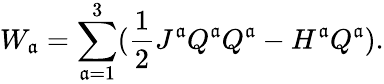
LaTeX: W_{\mathfrak{a}}=\sum_{\mathfrak{a}=1}^{3}(\frac{{1}}{{2}}J^{\mathfrak{a}}Q^{\mathfrak{a}}Q^{\mathfrak{a}}-H^{\mathfrak{a}}Q^{\mathfrak{a}}).